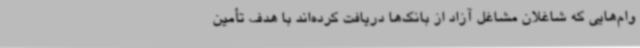
وام‌هایی که شاغلان مشاغل آزاد از بانک‌ها دریافت کرده‌اند با هدف تأمین